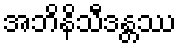
အဘိနိသီဒန္တဿ